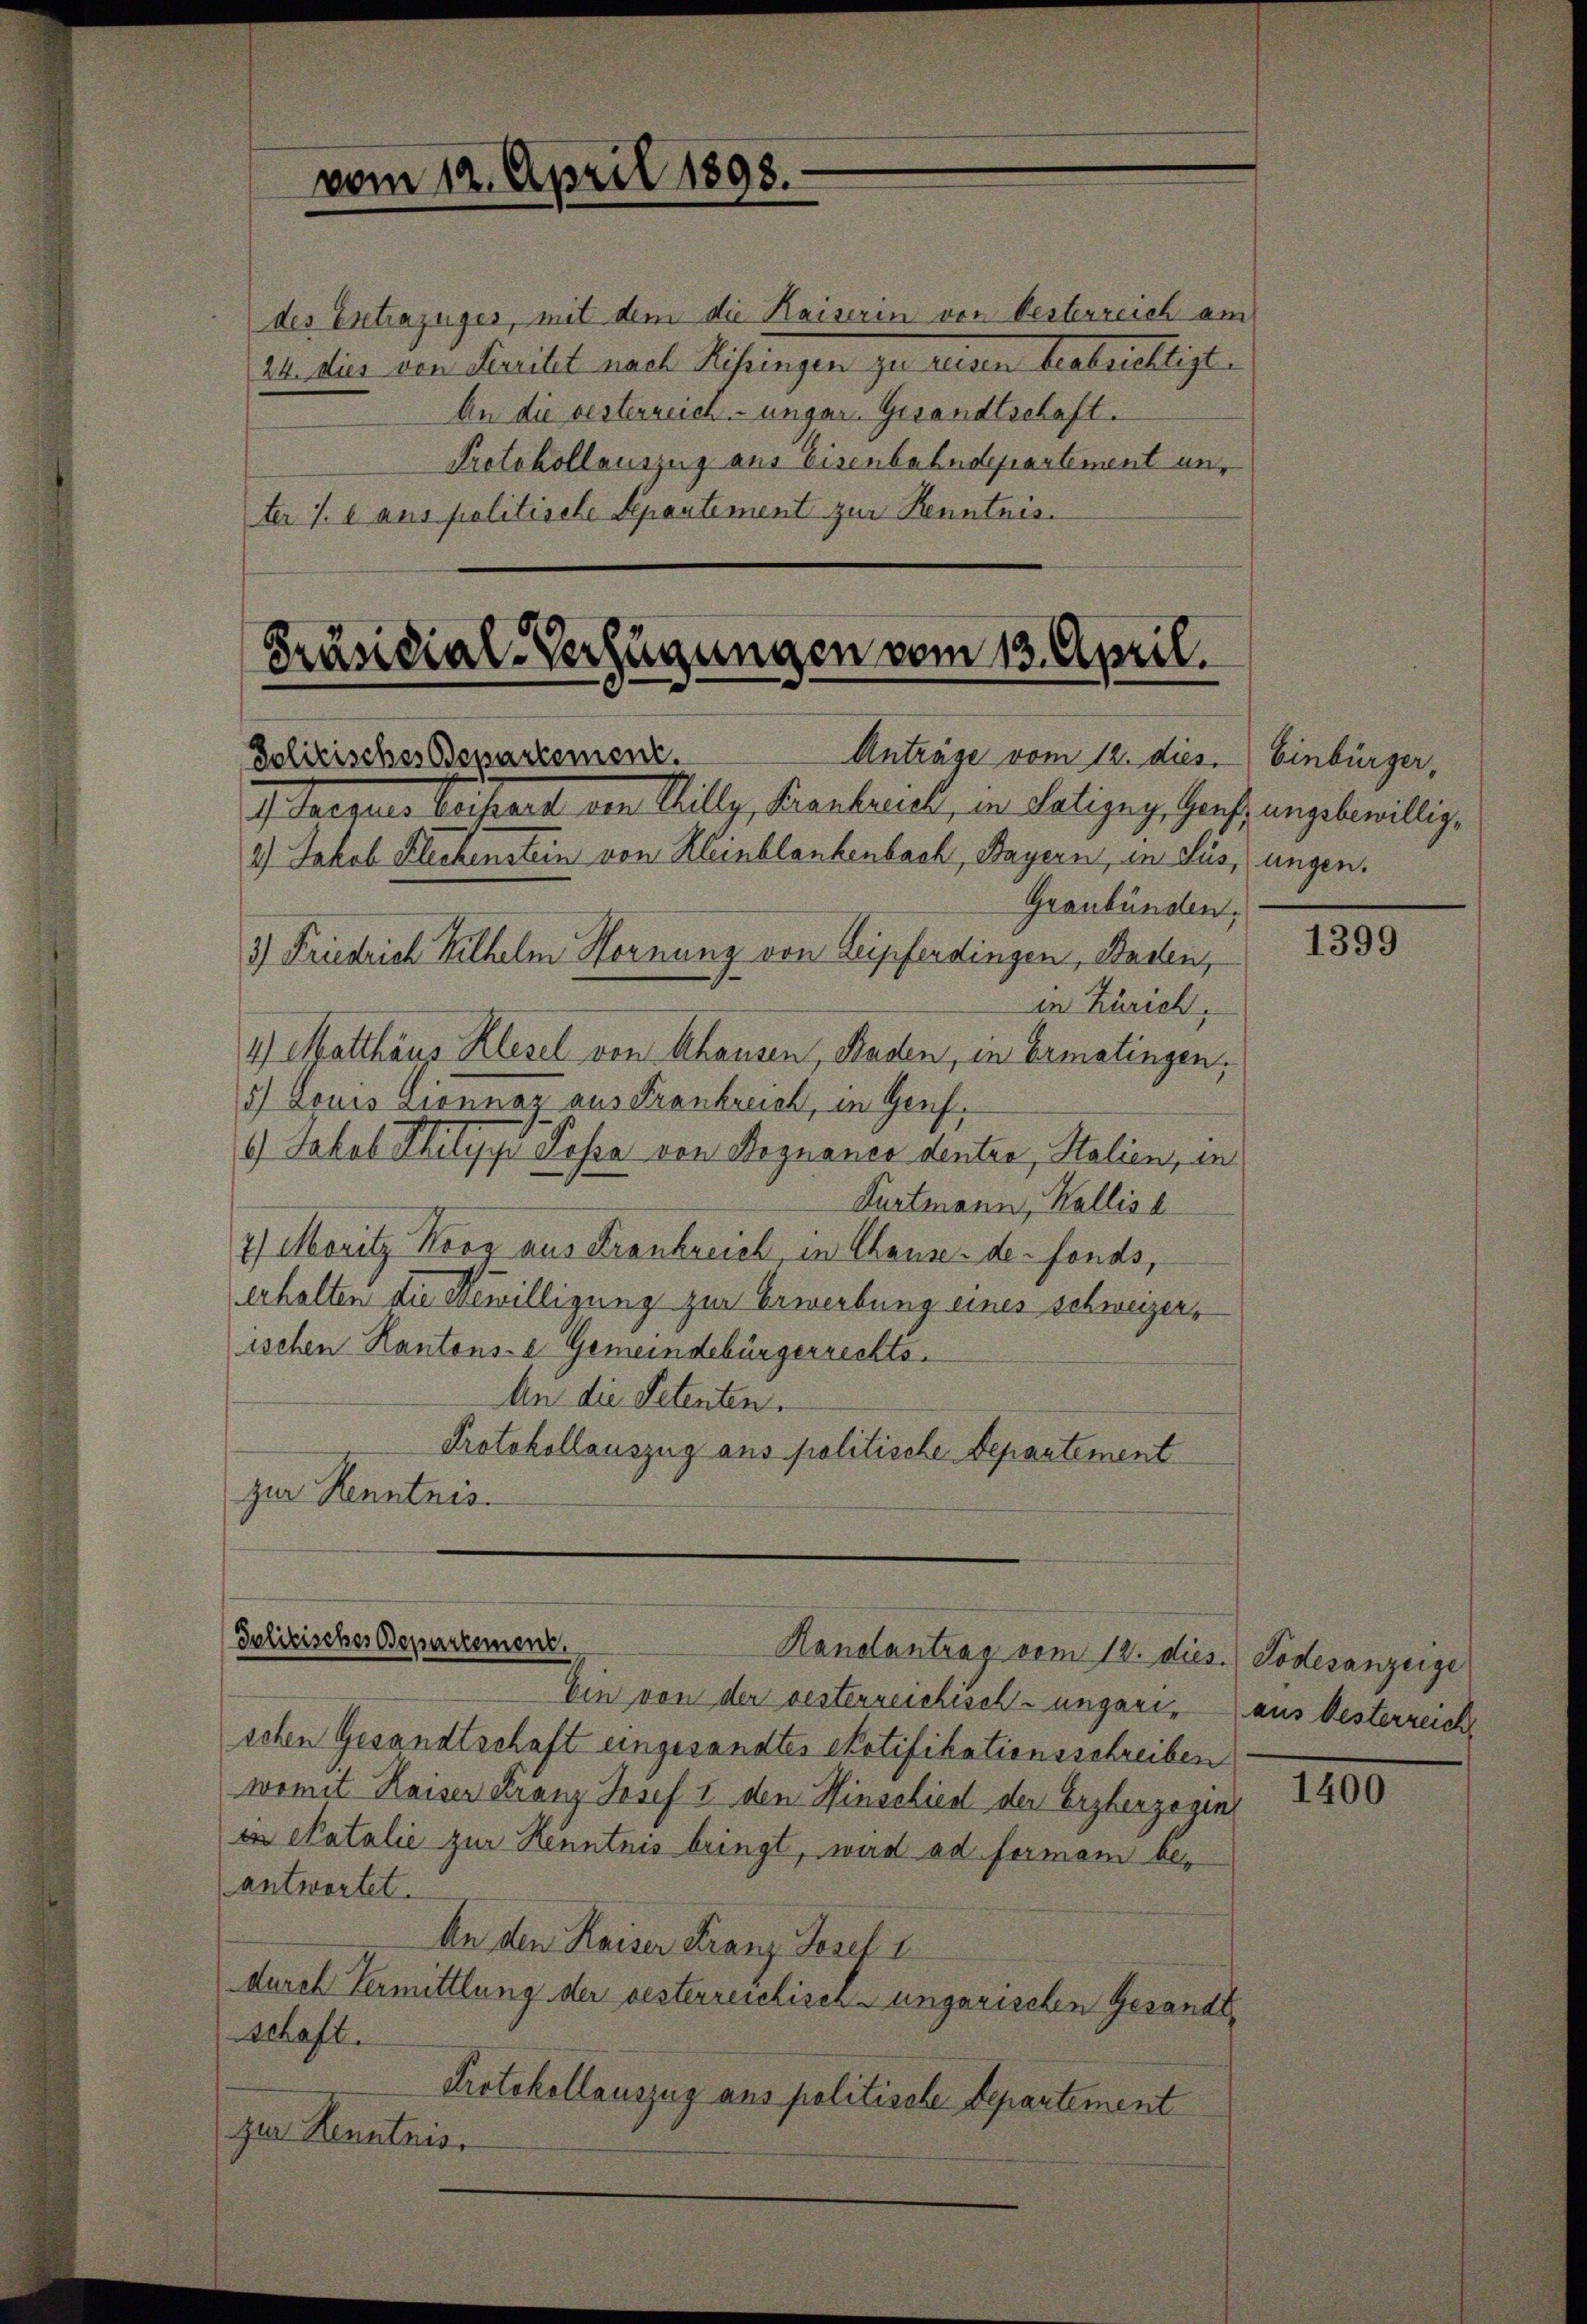
in Zürich,
1) Matthaus Klesel von thausen, Baden, in Ermatingen,
5) Louis Lionnaz aus Frankreich, in Genf.
) Jakob Thilyy Posa von Begnanes dentia, Stalien, un
Purtmann, Wallis b
2) Moritz Koog aus Frankreich, in Chause de fonds,
erhalten die Bewilligung zur Erwerbung eines schweizers
ischen Kantons- & Gemeindebürgerrechts-
An die Petenten.
Protokollauszug aus politische Departement
zur Kenntnis.

vom 12. April 1898.

des Ertrazuges, mit dem die Kaiserin von Oesterreich am
24. dies den Freiheit nach Reisingen zu weisen beabsichtigt.
An die besterreich ungar. Gesandtschaft.
Protokollauszug aus Eisenbahndepartement unter J. e. aus politische Separtement zur Kenntnis.

Präsidial-Verfügungen vom 13. April.
Anträge vom 12. dies
Politisches Departement.
I daigene Beisant an Willy, Frantrich, von Polizey, Genf angebewillig¬

2.) Jakob Flechenstein von Kleinblankenbach, Bayern, in Lus, ungen.
Graubünden.
3) Friedrich Wilhelm Hornung von Leipferdingen, Baden,

Politisches Departement.
Handantrag vom 12. dies Todesanzeige

Ein von der besterreichisch-ungaris aus Oesterreicht
schen Gesandtschaft eingesandtes Notifikationsschreiben
womit Kaiser Franz Josef I den Hinschied der Erzherzogin
e Catalie zur Kenntnis bringt, wird ad formen beantwortet.
An den Kaiser Franz Josef I
durch Vermittlung der besterreichisch-ungarischen Gesandtschaft.
Protokollauszug aus politische Departement
zur Kenntniss

Einbürger,

1399

1400